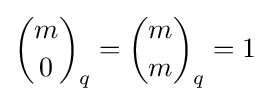
{m \choose 0}_{q}={m \choose m}_{q}=1